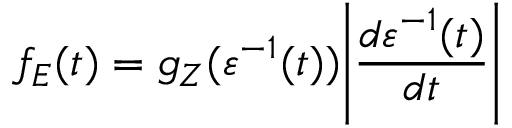
f _ { E } ( t ) = g _ { Z } ( \varepsilon ^ { - 1 } ( t ) ) \Biggl \lvert \frac { d \varepsilon ^ { - 1 } ( t ) } { d t } \Biggr \rvert